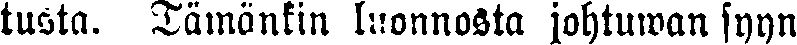
tusta. Tämänkin luonnosta johtuwan syyn